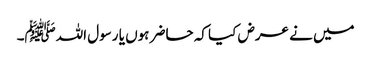
میں نے عرض کیا کہ حاضر ہوں یا رسول اللہﷺ۔